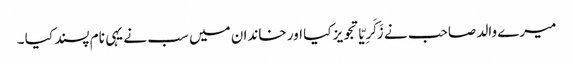
میرے والد صاحب نے زَکَرِیّا تجویز کیا اور خاندان میں سب نے یہی نام پسند کیا ۔